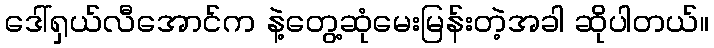
ဒေါ်ရှယ်လီအောင်က နဲ့တွေ့ဆုံမေးမြန်းတဲ့အခါ ဆိုပါတယ်။